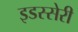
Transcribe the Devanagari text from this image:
इडस्सेरी